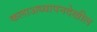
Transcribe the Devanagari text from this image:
कलाअध्यापनदेखील